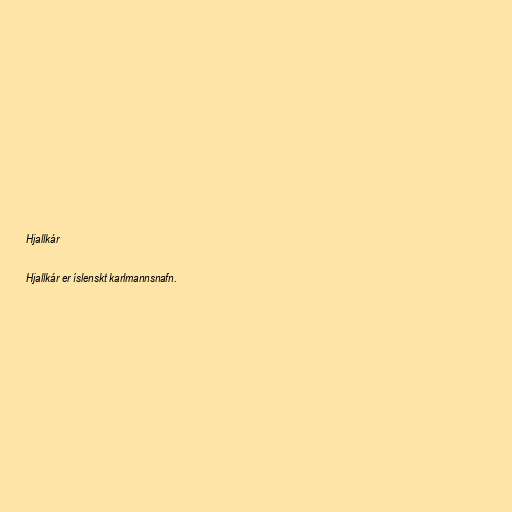
Hjallkár

Hjallkár er íslenskt karlmannsnafn.